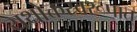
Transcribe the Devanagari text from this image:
यथोक्तस्वरूपात्‌